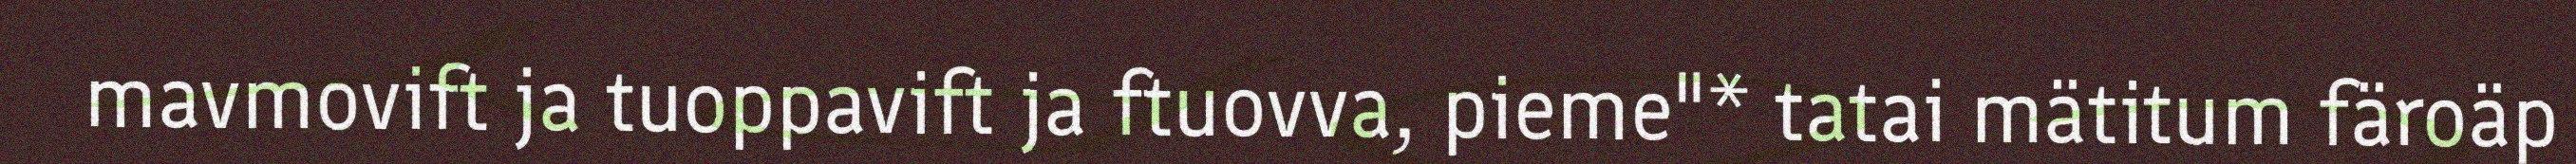
mavmovift ja tuoppavift ja ftuovva, pieme"* tatai mätitum färoäp